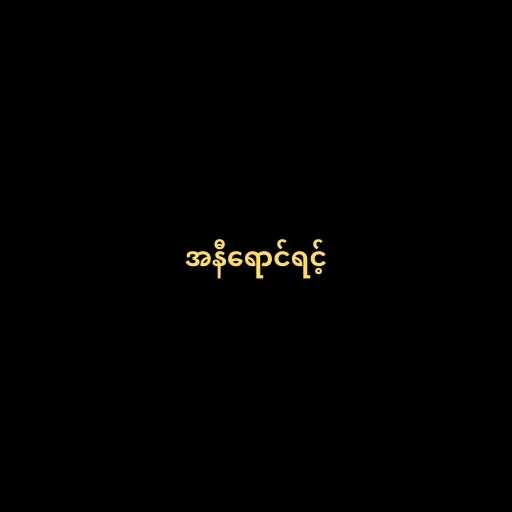
အနီရောင်ရင့်